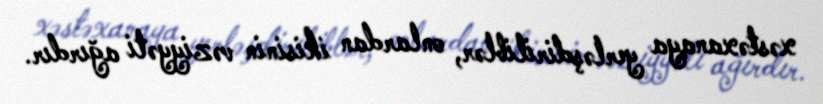
xəstəxanaya yerləşdiriliblər, onlardan ikisinin vəziyyəti ağırdır.